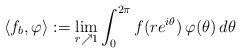
LaTeX: \begin{align*} \langle f_b, \varphi \rangle := \lim_{r \nearrow 1} \int_0^{2\pi} f(re^{i\theta}) \, \varphi(\theta) \,d\theta \end{align*}